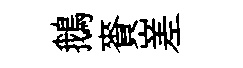
鵝賚嵳